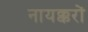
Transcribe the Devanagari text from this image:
नायक्करों